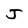
Character: J